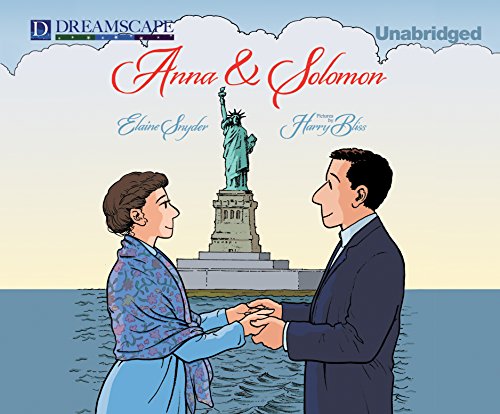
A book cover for Anna and Solomon; Elaine Snyder; Travel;